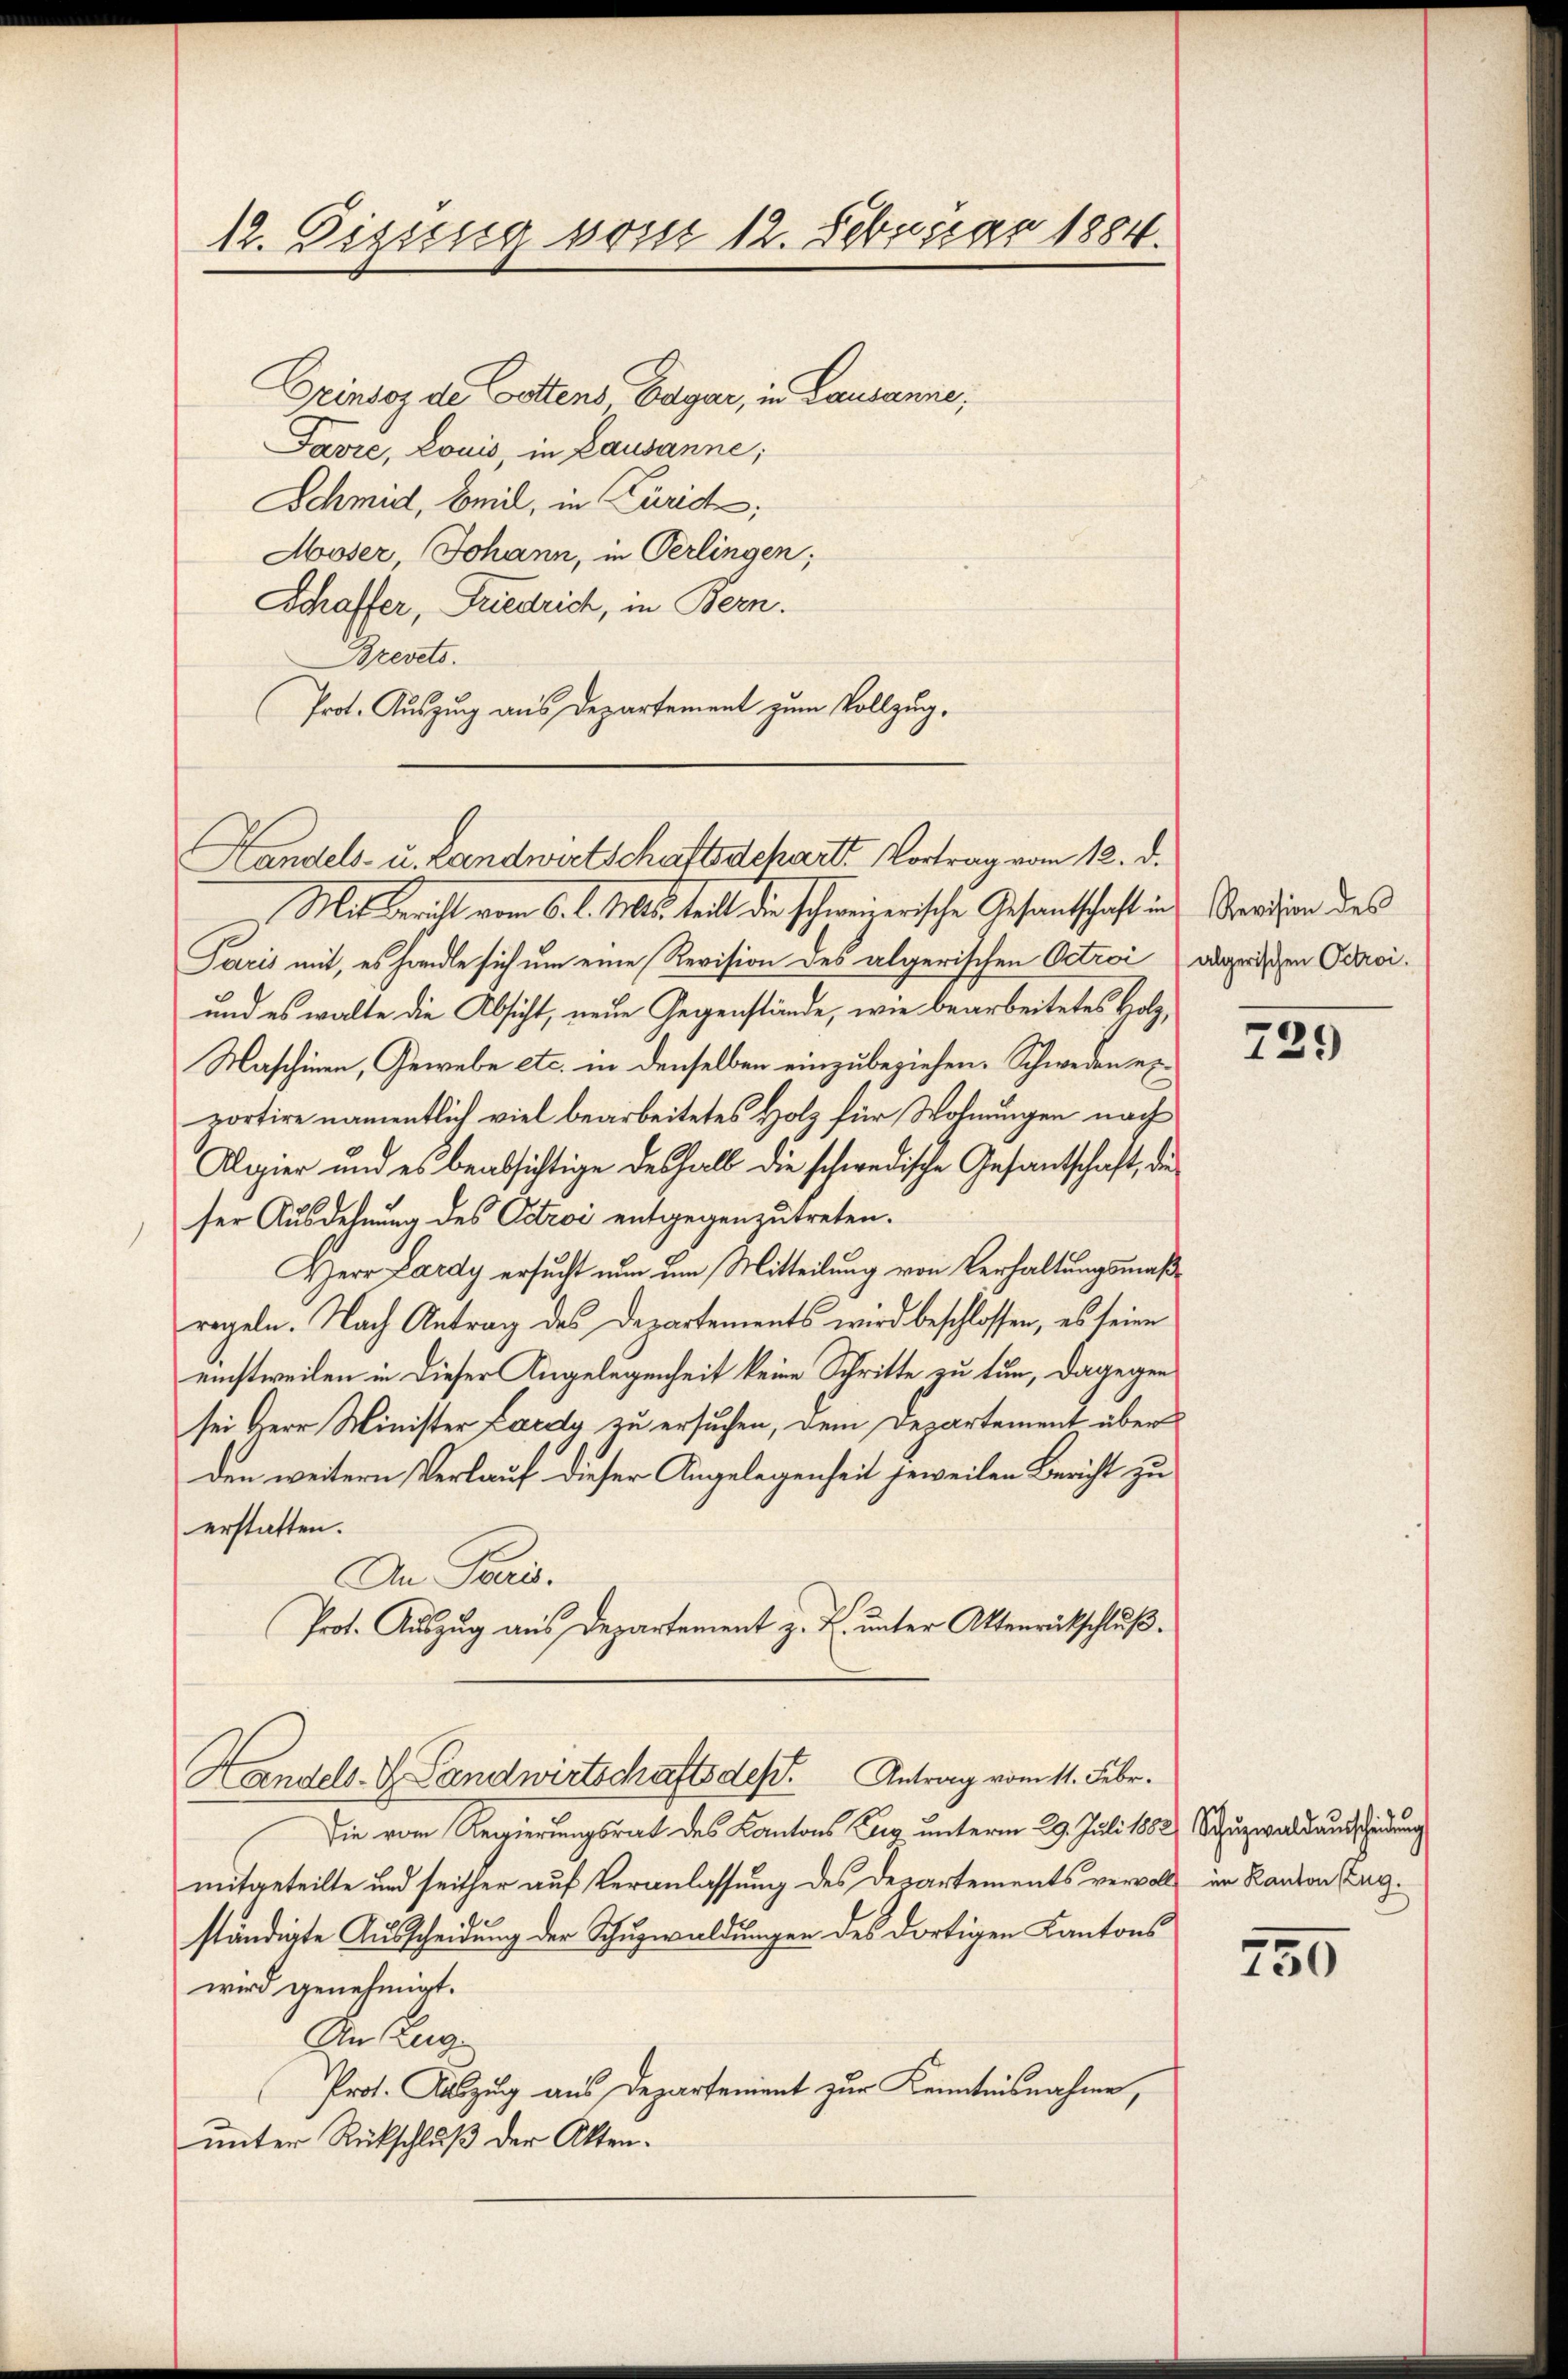
12. Eizung vom 12. Februar 1884.

Grindoz de Cattens Edgar, in Lausanne,
Favre, Louis, in Lausanne;
Schmid, Beil, in Zürich,
Moser, Johann, in Verlingen;
Schaffer, Friedrich, in Bern.
Brevets.
Prot. Auszug aus Departement zum Vollzug.
Mit Bericht vom 6. d. Ms. heit die schweizerische Gesandtschaft in Sardien des
Paris mit, es handle sich um eine Revision des algerischen Octroi abgerischen Odaci¬
und es walte die Absicht, neue Gegenstände, wie bearbeitetes Holz,
Maschinen, Gewebe etc. in denselben einzubeziehen. Schweden seiportire namentlich viel bearbeitetes Holz für Wohnungen nach
Algier und es beabsichtige deshalb die schwedische Gesandtschaft, die
ser Ausdehnung des Octroi entgegenzutreten.
Herr Lardy ersucht nun um Mitteilung von Verhaltungsmaßregeln. Nach Antrag des Departements wird beschlossen, es seine
einstweilen in dieser Angelegenheit keine Schritte zu tun, dagegen
sei Herr Minister Lardy zu ersuchen, dem Departement über
den weitern Verlauf dieser Angelegenheit jeweilen Bericht zu
erstatten.
An Frau.
Prot. Auszug aus Departement z. B. unter Ottenrückschluß.
Handels- & Landwirtschafts des Antrag vom 11. Febr.
die vom Regierungsrat des Kantons Zug unterm 29. Juli 1882 Schuzwaldausscheidung
mitgeteilte und seither auf Veranlassung des Departements vervoll im Kanton Zagständigte Ausscheidung der Schuzwaldungen des dortigen Kantons
wird genehmigt.
An Zug
Prot. Auszug aus Departement zur Kenntnisnahme,
unter Rückschluß der Akten¬

Handels- u. Landwirtschaftsschart. Vortrag vom 12. d.

729

750